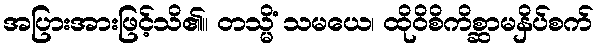
အပြားအားဖြင့်သိ၏။ တသ္မိံ သမယေ၊ ထိုဝိစိကိစ္ဆာမနှိပ်စက်